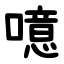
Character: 噫